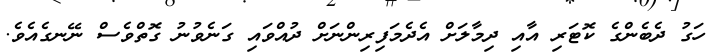
ހަގު ދެބެންގެ ކޮޓަރި އާއި ދިމާލަށް އެދެމަފިރިންނަށް ދުއްވައި ގަނެވުނު ގޮތްވެސް ނޭނގެއެވެ.